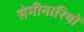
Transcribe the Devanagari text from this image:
सेमीनारियों